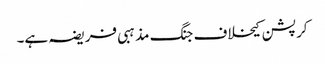
کرپشن کیخلاف جنگ مذہبی فریضہ ہے۔